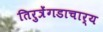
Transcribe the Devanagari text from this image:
तिरुत्रेंगडाचार्य